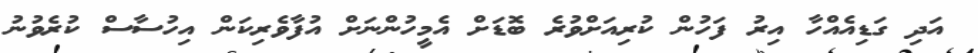
އަދި ގަޑިއެއްހާ އިރު ފަހުން ކުރިއަށްވުރެ ބޮޑަށް އެމީހުންނަށް އުފާވެރިކަން އިހުސާސް ކުރެވުނު